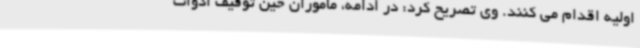
اولیه اقدام می کنند. وی تصریح کرد: در ادامه، مأموران حین توقیف ادوات